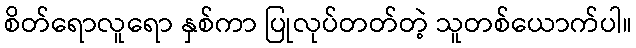
စိတ်ရောလူရော နှစ်ကာ ပြုလုပ်တတ်တဲ့ သူတစ်ယောက်ပါ။